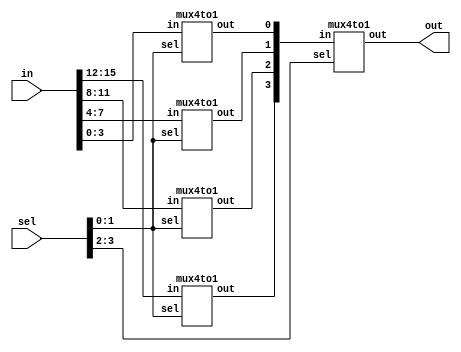
module mux16to1 (in, sel, out);
input [15:0] in;
input [3:0] sel;
output out;
wire [3:0] t;

mux4to1 M0 (in[15:12], sel[1:0], t[3]);
mux4to1 M1 (in[11:8], sel[1:0], t[2]);
mux4to1 M2 (in[7:4], sel[1:0], t[1]);
mux4to1 M3 (in[3:0], sel[1:0], t[0]);
mux4to1 M4 (t, sel[3:2], out);

endmodule

module mux4to1 (in, sel ,out);
input [3:0] in;
input [1:0] sel;
output out;
wire [1:0] t;

mux2to1 M0 (in[3:2], sel[0], t[1]);
mux2to1 M1 (in[1:0], sel[0], t[0]);
mux2to1 M2 (t, sel[1], out);
endmodule

module mux2to1 (in, sel, out);
input [1:0] in;
input sel;
output out;

wire t1,t2,t3;
not g1 (t1,sel);
and g2 (t2,t1,in[0]), g3 (t3,sel,in[1]);
or g4 (out, t2, t3);
endmodule